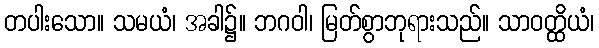
တပါးသော။ သမယံ၊ အခါ၌။ ဘဂဝါ၊ မြတ်စွာဘုရားသည်။ သာဝတ္ထိယံ၊